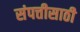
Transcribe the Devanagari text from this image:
संपत्तीसाठी